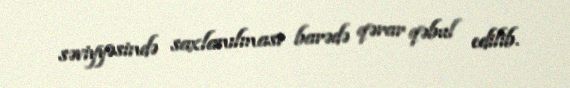
səviyyəsində saxlanılması barədə qərar qəbul edilib.